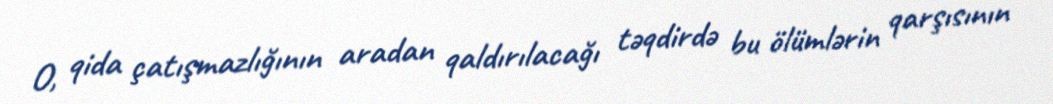
O, qida çatışmazlığının aradan qaldırılacağı təqdirdə bu ölümlərin qarşısının